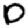
Digit: 0